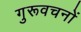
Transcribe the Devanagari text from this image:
गुरूवचनों